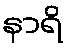
နာရိ